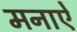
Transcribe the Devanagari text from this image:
मनाऐ